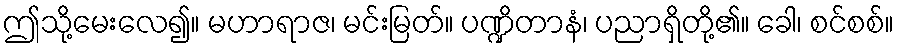
ဤသို့မေးလေ၍။ မဟာရာဇ၊ မင်းမြတ်။ ပဏ္ဍိတာနံ၊ ပညာရှိတို့၏။ ခေါ၊ စင်စစ်။